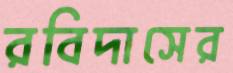
রবিদাসের